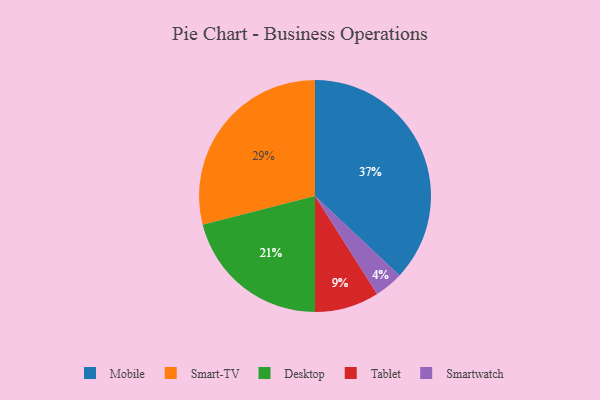
{"axis": {"x": "Category", "y": "Percentage"}, "legend": ["Desktop", "Mobile", "Smart-TV", "Smartwatch", "Tablet"], "data": [{"x": "Tablet", "y": 9, "type": "Tablet"}, {"x": "Smartwatch", "y": 4, "type": "Smartwatch"}, {"x": "Mobile", "y": 37, "type": "Mobile"}, {"x": "Smart-TV", "y": 29, "type": "Smart-TV"}, {"x": "Desktop", "y": 21, "type": "Desktop"}]}